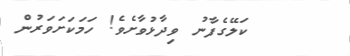
ކަލޭގެފާނު ވިދާޅުވާށެވެ! ހަމަކަށަވަރުން